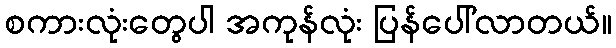
စကားလုံးတွေပါ အကုန်လုံး ပြန်ပေါ်လာတယ်။